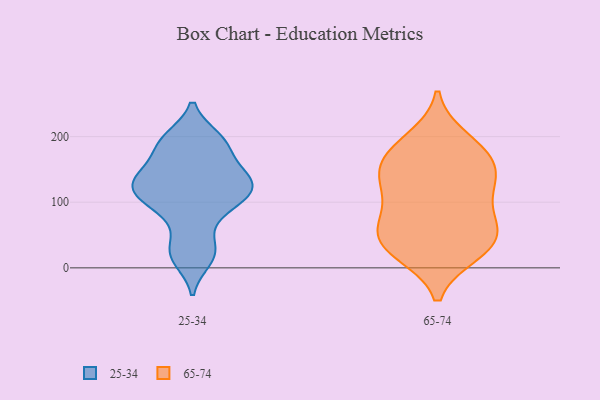
{"axis": {"x": "Demand Index", "y": "Value"}, "legend": ["25-34", "65-74"], "data": [{"x": "", "y": 196, "type": "25-34"}, {"x": "", "y": 142, "type": "25-34"}, {"x": "", "y": 121, "type": "25-34"}, {"x": "", "y": 139, "type": "25-34"}, {"x": "", "y": 197, "type": "25-34"}, {"x": "", "y": 25, "type": "25-34"}, {"x": "", "y": 144, "type": "25-34"}, {"x": "", "y": 188, "type": "25-34"}, {"x": "", "y": 131, "type": "25-34"}, {"x": "", "y": 30, "type": "25-34"}, {"x": "", "y": 104, "type": "25-34"}, {"x": "", "y": 78, "type": "25-34"}, {"x": "", "y": 114, "type": "25-34"}, {"x": "", "y": 13, "type": "25-34"}, {"x": "", "y": 118, "type": "25-34"}, {"x": "", "y": 96, "type": "25-34"}, {"x": "", "y": 179, "type": "25-34"}, {"x": "", "y": 134, "type": "65-74"}, {"x": "", "y": 169, "type": "65-74"}, {"x": "", "y": 183, "type": "65-74"}, {"x": "", "y": 23, "type": "65-74"}, {"x": "", "y": 54, "type": "65-74"}, {"x": "", "y": 63, "type": "65-74"}, {"x": "", "y": 90, "type": "65-74"}, {"x": "", "y": 127, "type": "65-74"}, {"x": "", "y": 145, "type": "65-74"}, {"x": "", "y": 27, "type": "65-74"}, {"x": "", "y": 40, "type": "65-74"}, {"x": "", "y": 167, "type": "65-74"}, {"x": "", "y": 33, "type": "65-74"}, {"x": "", "y": 196, "type": "65-74"}, {"x": "", "y": 73, "type": "65-74"}, {"x": "", "y": 126, "type": "65-74"}]}